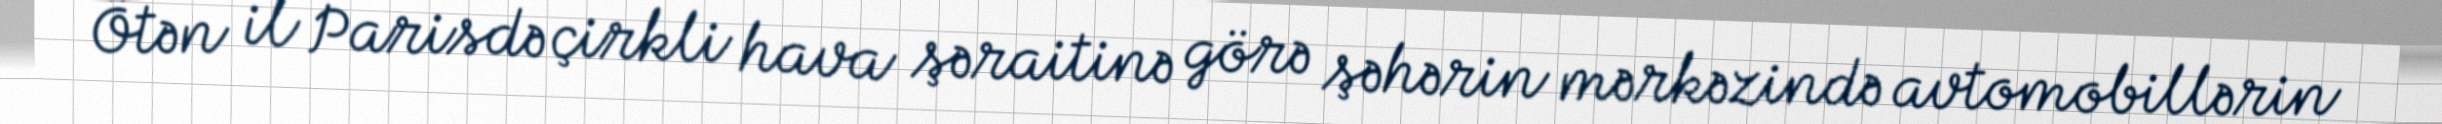
Ötən il Parisdə çirkli hava şəraitinə görə şəhərin mərkəzində avtomobillərin